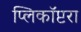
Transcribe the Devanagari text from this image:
प्लिकॉप्टरा